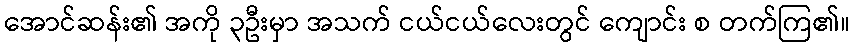
အောင်ဆန်း၏ အကို ၃ဦးမှာ အသက် ငယ်ငယ်လေးတွင် ကျောင်း စ တက်ကြ၏။